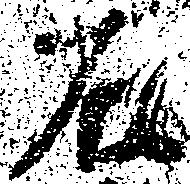
右